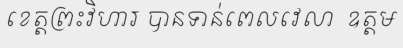
ខេត្តព្រះវិហារ បានទាន់ពេលវេលា  ឧត្តម